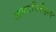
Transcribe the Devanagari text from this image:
अन्तःनिरीक्षण